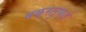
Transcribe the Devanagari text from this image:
वक्रतुण्डं